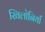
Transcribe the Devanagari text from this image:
खिलोनियाँ